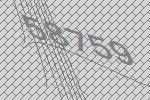
58759